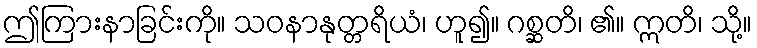
ဤကြားနာခြင်းကို။ သဝနာနုတ္တရိယံ၊ ဟူ၍။ ဂစ္ဆတိ၊ ၏။ ဣတိ၊ သို့။